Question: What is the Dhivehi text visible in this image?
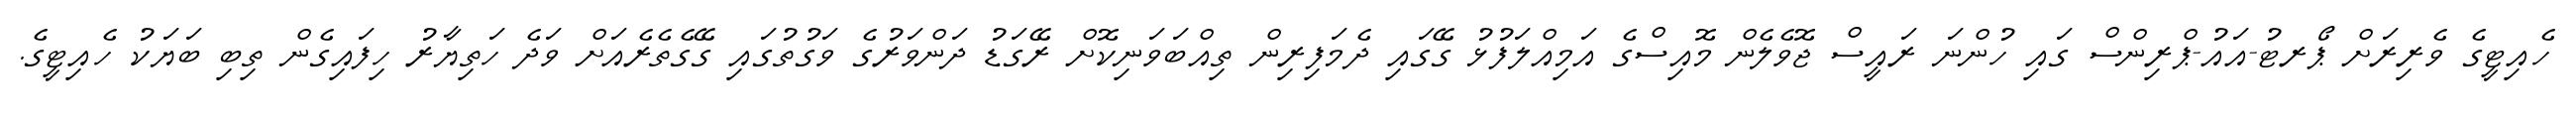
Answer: ހެއިޓީގެ ވެރިރަށް ޕޯރޓު-އައު-ޕްރިންސް ގައި ހުންނަ ރައީސް ޖޮވެލެން މޮއިސްގެ އަމިއްލަފުޅު ގޭގައި ދެމަފިރިން ތިއްބަވަނިކޮށް ރޭގަޑު ދަންވަރުގެ ވަގުތުގައި ގޭގެތެރެއަށް ވަދެ ހަތިޔާރު ހިފައިގެން ތިބި ބަޔަކު ހެއިޓީގެ.